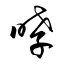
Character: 哮